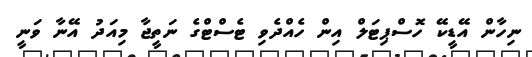
ނިހާން އޭޑީކޭ ހޮސްޕިޓަލް އިން ހެއްދެވި ޓެސްޓްގެ ނަތީޖާ މިއަދު އޭނާ ވަނީ